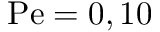
\mathrm { P e } = 0 , 1 0